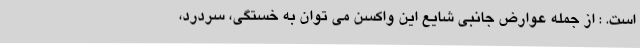
است. : از جمله عوارض جانبی شایع این واکسن می توان به خستگی، سردرد،